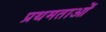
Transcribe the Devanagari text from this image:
प्रथमताओं